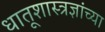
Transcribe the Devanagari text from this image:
धातूशास्त्रज्ञांच्या